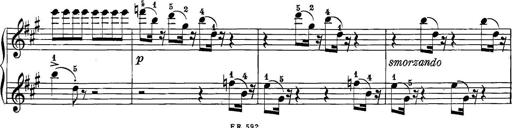
Title: 12 Sonatine per Pianoforte
Composer: Friedrich Kuhlau